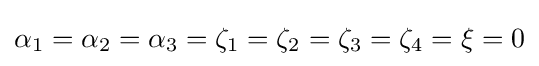
\alpha _{1}=\alpha _{2}=\alpha _{3}=\zeta _{1}=\zeta _{2}=\zeta _{3}=\zeta _{4}=\xi =0